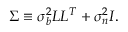
\begin{array} { r } { \Sigma \equiv \sigma _ { b } ^ { 2 } L L ^ { T } + \sigma _ { n } ^ { 2 } I . } \end{array}